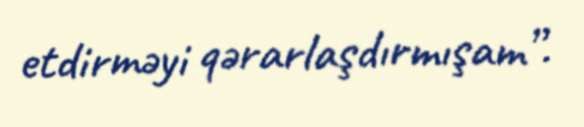
etdirməyi qərarlaşdırmışam”.